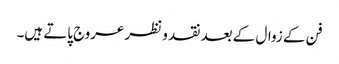
فن کے زوال کے بعد نقد و نظر عروج پاتے ہیں۔